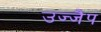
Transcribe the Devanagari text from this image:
उज्जैप